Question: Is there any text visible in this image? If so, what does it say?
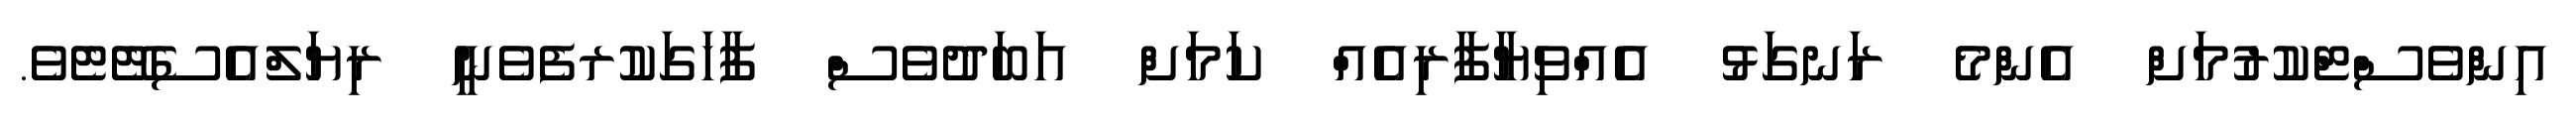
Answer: އިންވެސްޓްކުރުމަށް އެންމެ ރަނގަޅު އެއްވިޔާފާރިއެއް ކަމަށް އަބަދުވެސް ފާހަގަކުރފެވެނީ ރިޔަލްއެސެޓޭޓެވެ.